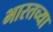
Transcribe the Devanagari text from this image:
भारतच्या